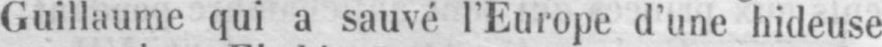
Guillaume qui a sauvé l’Europe d’une hideuse